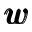
\pmb { w }